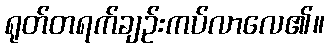
ရုတ်တရက်ချဉ်းကပ်လာလေ၏။